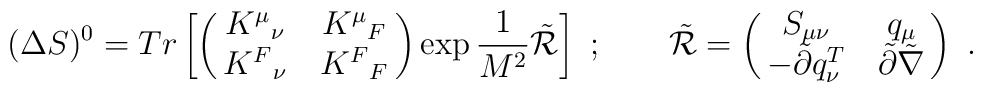
(\Delta S)^0=Tr\left[\pmatrix{K^\mu {}_{\nu }& K^\mu {}_{F}\cr           K^F{}_{\nu }& K^F{}_{F} \cr}\exp \frac{1}{M^2}\tilde {\cal R}\right] \ ;\qquad \tilde {\cal R}= \pmatrix{ S_{\mu \nu }& q_\mu \cr -\tilde \partial q^T_\nu & \tilde \partial \tilde \nabla\cr} \ .